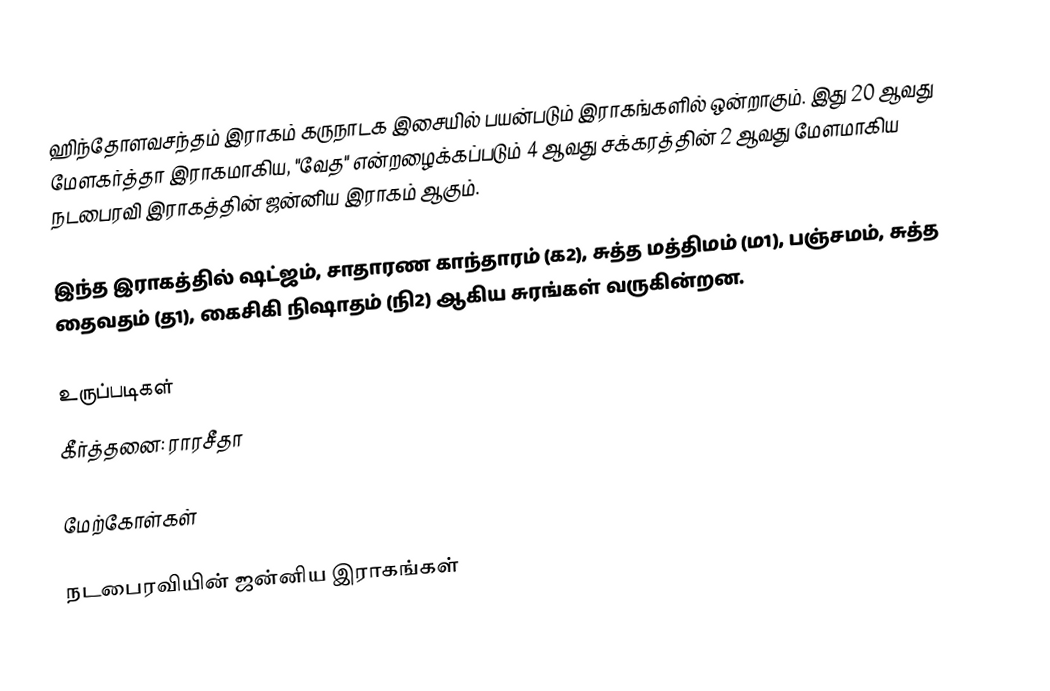
ஹிந்தோளவசந்தம் இராகம் கருநாடக இசையில் பயன்படும் இராகங்களில் ஒன்றாகும். இது 20 ஆவது மேளகர்த்தா இராகமாகிய, "வேத" என்றழைக்கப்படும் 4 ஆவது சக்கரத்தின் 2 ஆவது மேளமாகிய நடபைரவி இராகத்தின் ஜன்னிய இராகம் ஆகும்.

இந்த இராகத்தில் ஷட்ஜம், சாதாரண காந்தாரம் (க2), சுத்த மத்திமம் (ம1), பஞ்சமம், சுத்த தைவதம் (த1), கைசிகி நிஷாதம்  (நி2) ஆகிய சுரங்கள் வருகின்றன.

உருப்படிகள்
 கீர்த்தனை: ராரசீதா

மேற்கோள்கள்

நடபைரவியின் ஜன்னிய இராகங்கள்